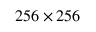
2 5 6 \times 2 5 6